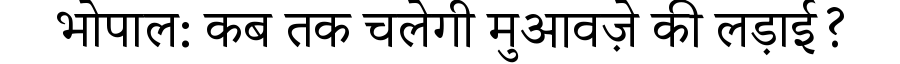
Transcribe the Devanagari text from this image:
भोपाल: कब तक चलेगी मुआवज़े की लड़ाई?